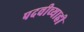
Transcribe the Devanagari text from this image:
पदवीच्याही